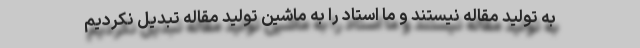
به تولید مقاله نیستند و ما استاد را به ماشین تولید مقاله تبدیل نکردیم